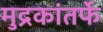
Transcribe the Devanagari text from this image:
मुद्रकांतर्फे